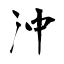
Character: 沖